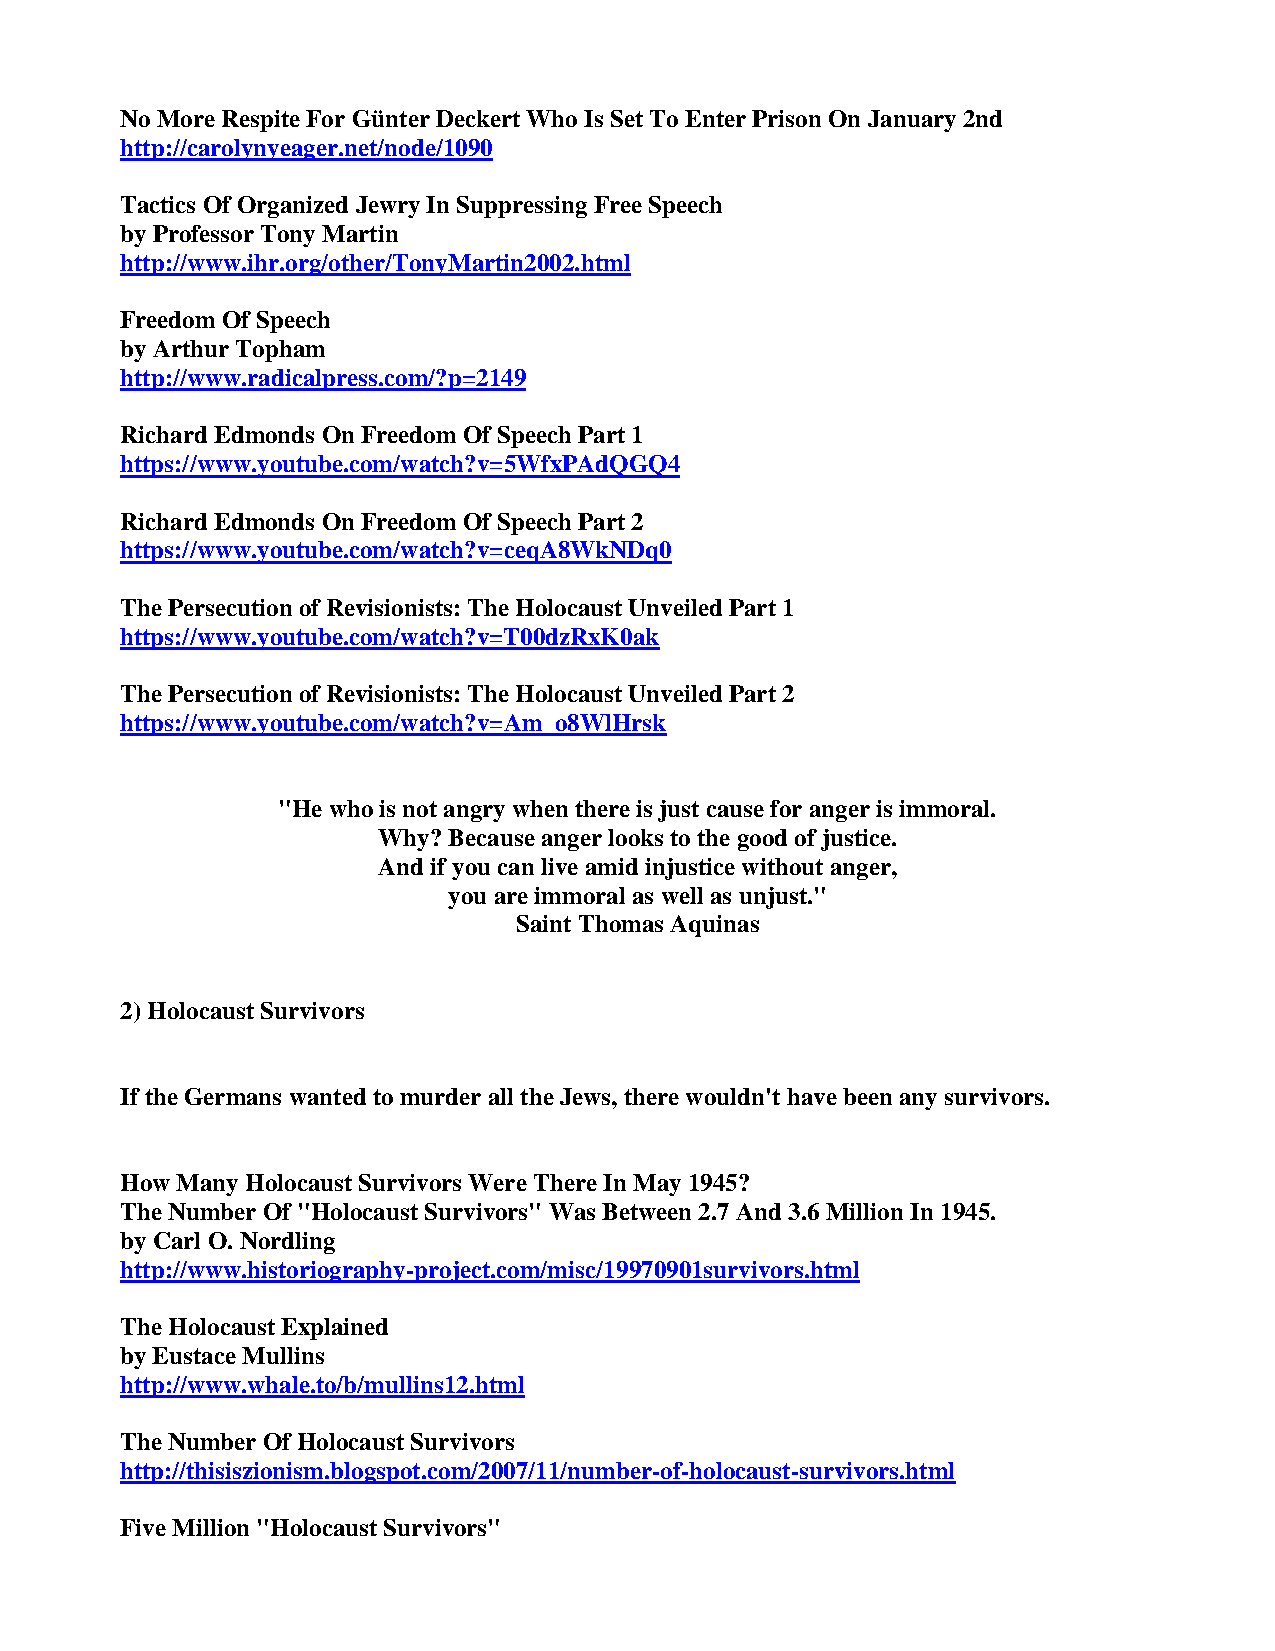
No More Respite For Günter Deckert Who Is Set To Enter Prison On January 2nd
 http://carolynyeager.net/node/1090
 Tactics Of Organized Jewry In Suppressing Free Speech
 by Professor Tony Martin
 http://www.ihr.org/other/TonyMartin2002.html
 Freedom Of Speech
 by Arthur Topham
 http://www.radicalpress.com/?p=2149
 Richard Edmonds On Freedom Of Speech Part 1
 https://www.youtube.com/watch?v=5WfxPAdQGQ4
 Richard Edmonds On Freedom Of Speech Part 2
 https://www.youtube.com/watch?v=ceqA8WkNDq0
 The Persecution of Revisionists: The Holocaust Unveiled Part 1
 https://www.youtube.com/watch?v=T00dzRxK0ak
 The Persecution of Revisionists: The Holocaust Unveiled Part 2
 https://www.youtube.com/watch?v=Am_o8WlHrsk
 "He who is not angry when there is just cause for anger is immoral.
 Why? Because anger looks to the good of justice.
 And if you can live amid injustice without anger,
 you are immoral as well as unjust."
 Saint Thomas Aquinas
 2) Holocaust Survivors
 If the Germans wanted to murder all the Jews, there wouldn't have been any survivors.
 How Many Holocaust Survivors Were There In May 1945?
 The Number Of "Holocaust Survivors" Was Between 2.7 And 3.6 Million In 1945.
 by Carl O. Nordling
 http://www.historiography-project.com/misc/19970901survivors.html
 The Holocaust Explained
 by Eustace Mullins
 http://www.whale.to/b/mullins12.html
 The Number Of Holocaust Survivors
 http://thisiszionism.blogspot.com/2007/11/number-of-holocaust-survivors.html
 Five Million "Holocaust Survivors"